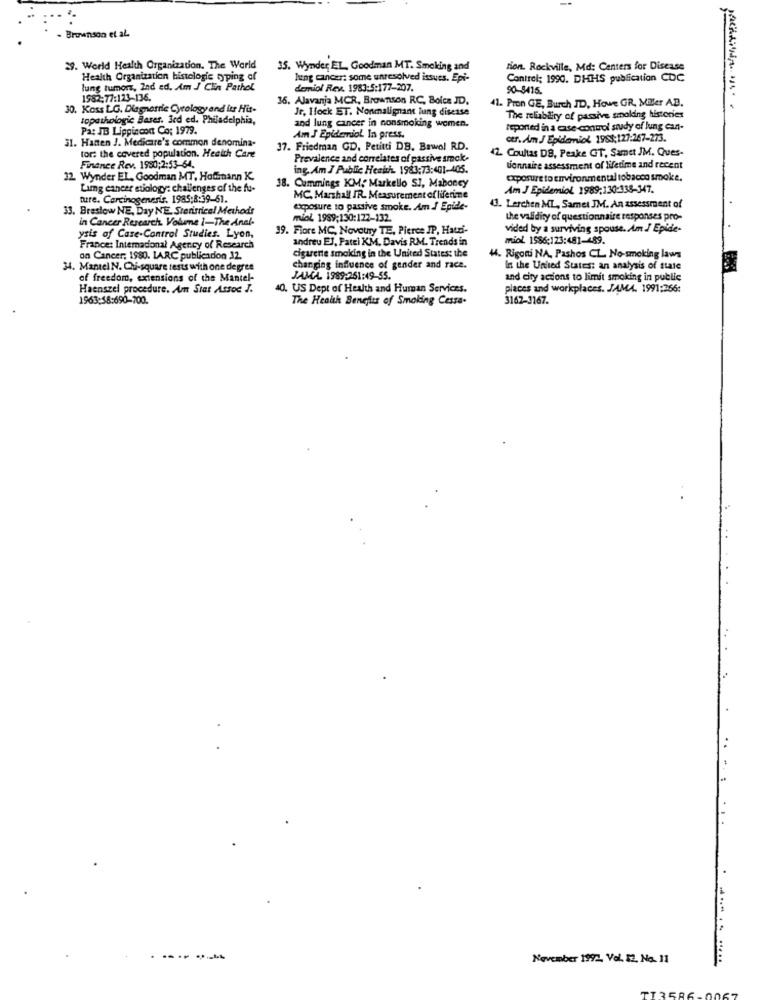
Brownson et al.
29. World Health Organization. The World
35. Wynder EL, Goodman MT. Smoking and
tion. Rockville, Md: Centers for Disease
Health Organization histologic typing of
lung cancer: some unresolved issues. Epi-
Control: 1990. DHHS publication CDC
lung tumor, 2nd ed. Am J Clin Pathel
demiol Rev. 1983:5:177-207.
90-8415.
1982:77:123-136.
36. Alavanja MCR, Brownson RC, Boica JD.
30. Koss LG. Diagnostic Cyrology and its Hit-
Je, Hock ET. Nonmalignant lung disease
41. Pron GE, Burch ID, Howe GR. Miller A.D.
topathologie Bases. Jed ed. Philadelphia,
The reliability of passive smolding historier
Pa: IB Lippincont Co: 1979.
and lung cancer in nonsmoking women.
reported in a case control study of lung can-
31. Hatten J. Medicare's common denomina-
Am J Epidemiol In press.
cr. Am J Epidemiol 1988,127:267-273.
37. Friedman GD. Petitti DB. Bawol RD.
42. Coultas DB, Peake GT, Samet JM. Ques-
tor: the covered population. Health Care
Prevalence and correlates of passive smok-
Finance Rev. 1980;2:53-64.
ing. Am J Public Health. 1983:73:401-405.
vonnaire assessment of lifetime and recent
32. Wynder EL, Goodman MT, Hofmann K.
Exposure to environmental tobacco smoke.
Limg cancer etiology: challenges of the fu-
38. Cummings KM, Markello SI, Maboney
Am J Epidemiol 1989:130:138-347.
ture. Carcinogenesis. 1985:8:39-61.
MC, Marshall IR. Measurement ofliferime
33. Breslow NE, Day NE. Steritrical Methods
tiposure to passive smoke. Am I Epide-
3. Lerchen ML, Samet JM. An assessment of
in Cancer Research. Volume i-The Anal-
miol 1989;130:122-132.
the validity of questionnaire responses pro-
39. Fiore MC, Novotry TE, Pierce IP, Hatri-
vided by a surviving spouse. Am J Epide-
ysis of Care-Control Studies. Lyon,
andreu EJ, Patti KM, Davis RM. Trends in
miol 1586:123:481-489
France: Internacional Agency of Research
on Cancer; 1980. 1ARC publicadon .12.
cigarette smoking in the United States: the
W. Rigoni NA, Pashos CL. No-smoking laws
34. MantelN. Qui-square tests with one degree
changing influence of gender and race.
In the United States: an analysis of state
of freedom, extensions of the Mantel-
JAMA. 1989:261:49-55.
and city actions to limit smoking in public
Haenszel procedure. Am Stat Assoc J.
40. US Dept of Health and Human Services.
places and workplaces. JAMA. 1991:256:
1963:58:690-700.
The Health Benefits of Smoking Cessa.
3162-3167.
--- --
November 1992. Vel. 12, No. 11
PT